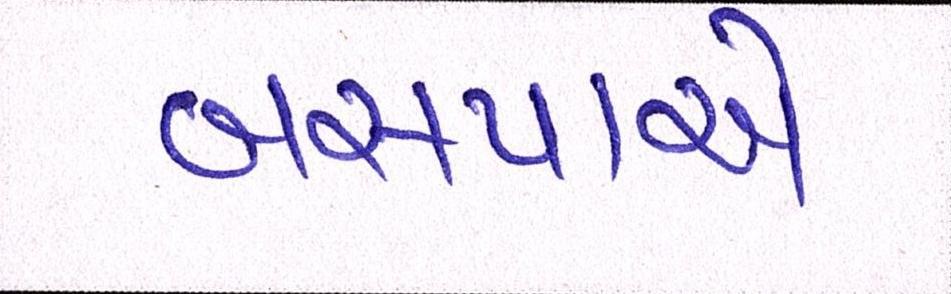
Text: બસપાએ